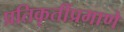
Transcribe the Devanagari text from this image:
प्रतिकृतींप्रमाणे